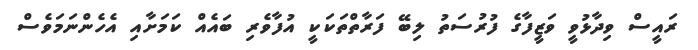
ރައީސް ވިދާޅުވީ ވަޒީފާގެ ފުރުސަތު ލިބޭ ފަރާތްތަކަކީ އުފާވެރި ބައެއް ކަމަށާއި އެހެންނަމަވެސް